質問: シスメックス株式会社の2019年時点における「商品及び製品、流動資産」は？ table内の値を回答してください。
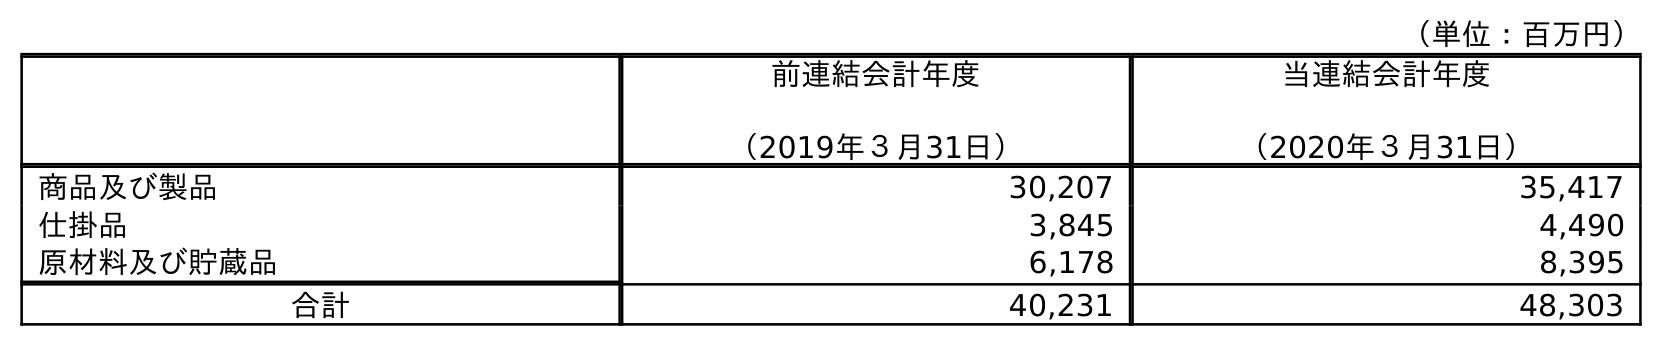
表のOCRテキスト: （単位：百万円） 前連結会計年度 （2019年３月31日） 当連結会計年度 （2020年３月31日） 商品及び製品 30,207 35,417 仕掛品 3,845 4,490 原材料及び貯蔵品 6,178 8,395 合計 40,231 48,303
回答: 30,207